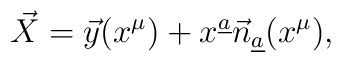
\vec X=\vec y(x^\mu)+x^{\underline a}\vec n_{\underline a}(x^\mu),